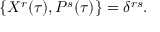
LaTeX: \{ { \cal X } ^ { r } ( \tau ) , { \cal P } ^ { s } ( \tau ) \} = \delta ^ { r s } .